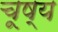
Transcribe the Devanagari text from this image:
चूष्य